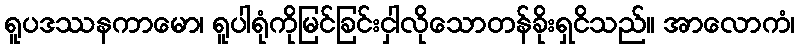
ရူပဒဿနကာမော၊ ရူပါရုံကိုမြင်ခြင်းငှါလိုသောတန်ခိုးရှငိသည်။ အာလောကံ၊